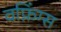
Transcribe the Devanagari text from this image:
वफ़िंग्स